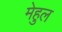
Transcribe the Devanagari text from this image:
मेहुल